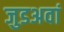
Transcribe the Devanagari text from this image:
जुडअवां